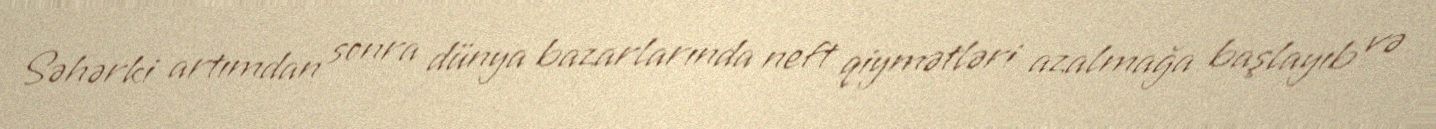
Səhərki artımdan sonra dünya bazarlarında neft qiymətləri azalmağa başlayıb və